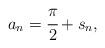
LaTeX: \begin{align*} a_n = \cfrac{\pi}{2} + s_n,\end{align*}